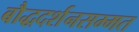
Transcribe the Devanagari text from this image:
बौद्धदर्शनसम्मत